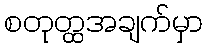
စတုတ္ထအချက်မှာ